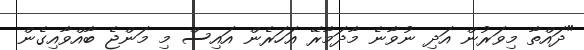
"ދައްތާ މިވަރުން އަދި ނުވާނެ މާދަމާރޭ އަހަރެން އައިސް މި މަންޖެ ބާއްވާއިގެން